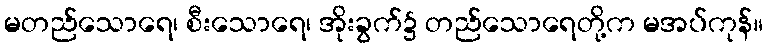
မတည်သောရေ၊ စီးသောရေ၊ အိုးခွက်၌ တည်သောရေတို့က မအပ်ကုန်။